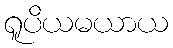
ရူပိယမယာယ